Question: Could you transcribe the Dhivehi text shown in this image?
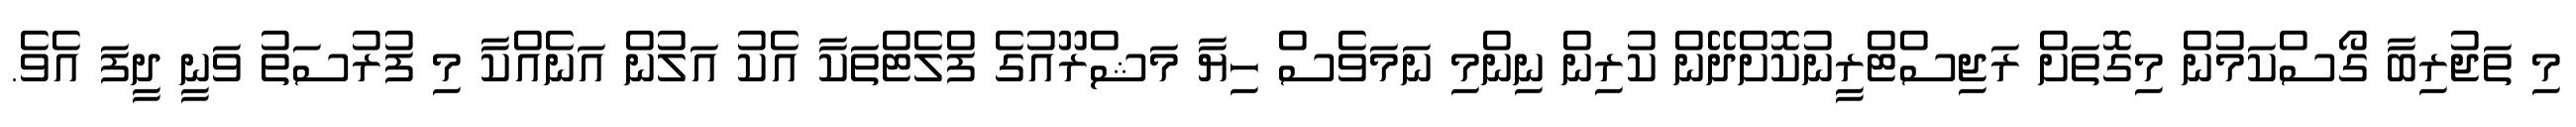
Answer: މި ތަޖުރިބާ ގޯސްކަމުން މިގޮތަށް ރަޖިސްޓްރީނުކޮށްދޭން ކުރިން ނިންމި ނަމަވެސް ހިޔާ މަޝްރޫއުގެ ފްލެޓްތަކާ އެކު އަލުން އަނެއްކާ މި ފުރުސަތު ވަނީ ދީފަ އެވެ.